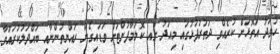
ހުވަދު އަތޮޅަށް ކުރެއްވި ދަތުރުފުޅުގައި މިއަދު ގއ ކޮލަމާފުށްޓަށް ވަޑައިގެން ރައްޔިތުންނާއި ބައްދަލުކުރައްވާ